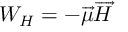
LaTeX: W _ { H } = - \overrightarrow { \mu } \overrightarrow { H }